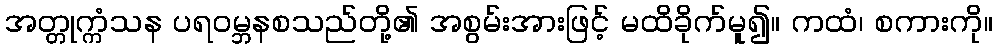
အတ္တုက္ကံသန ပရဝမ္ဘနစသည်တို့၏ အစွမ်းအားဖြင့် မထိခိုက်မူ၍။ ကထံ၊ စကားကို။